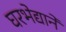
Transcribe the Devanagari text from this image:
घरभेद्याने